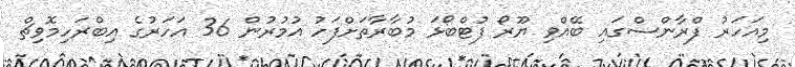
މިއަހަރު ފްރާންސްގައި ބޭއްވި ޔޫރޯ ފުޓްބޯޅަ މުބާރާތަށްފަހު އުމުރުން 36 އަހަރުގެ އިބްރަހިމޮވިޗް